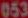
053